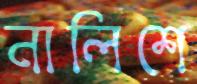
নালিশে